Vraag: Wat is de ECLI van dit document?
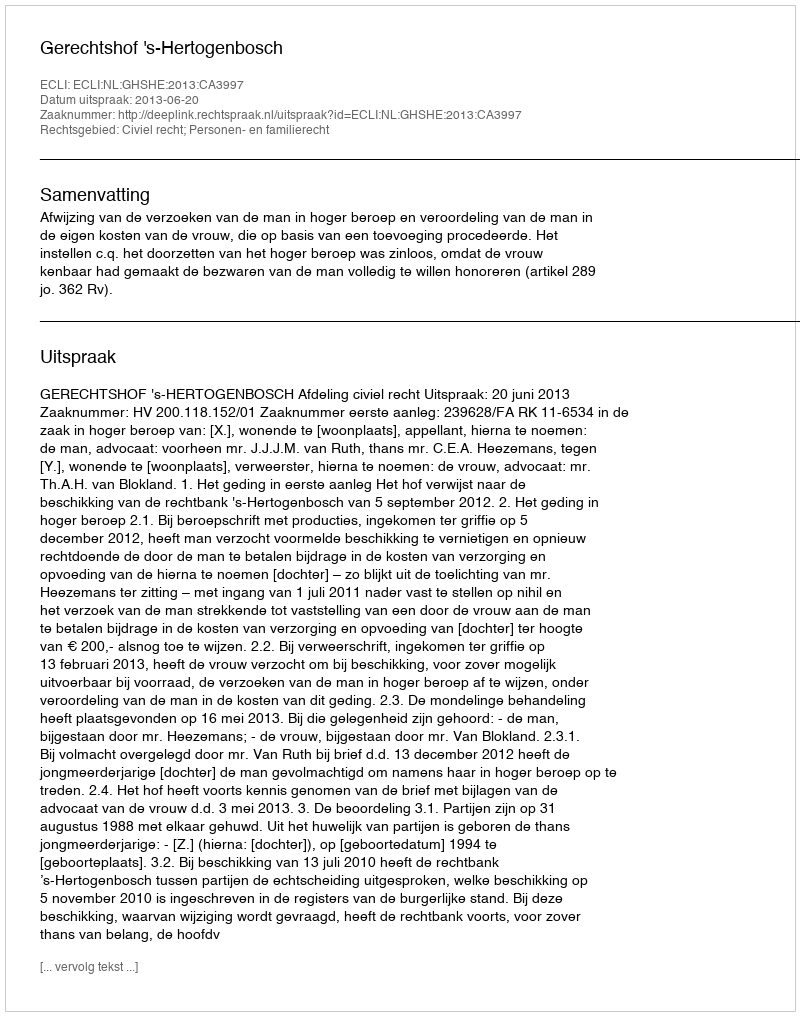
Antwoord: ECLI:NL:GHSHE:2013:CA3997